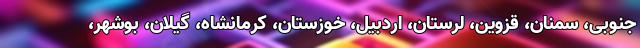
جنوبی، سمنان، قزوین، لرستان، اردبیل، خوزستان، کرمانشاه، گیلان، بوشهر،